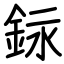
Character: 銢